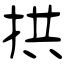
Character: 拱